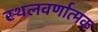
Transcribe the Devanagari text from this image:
स्थलवर्णात्मक